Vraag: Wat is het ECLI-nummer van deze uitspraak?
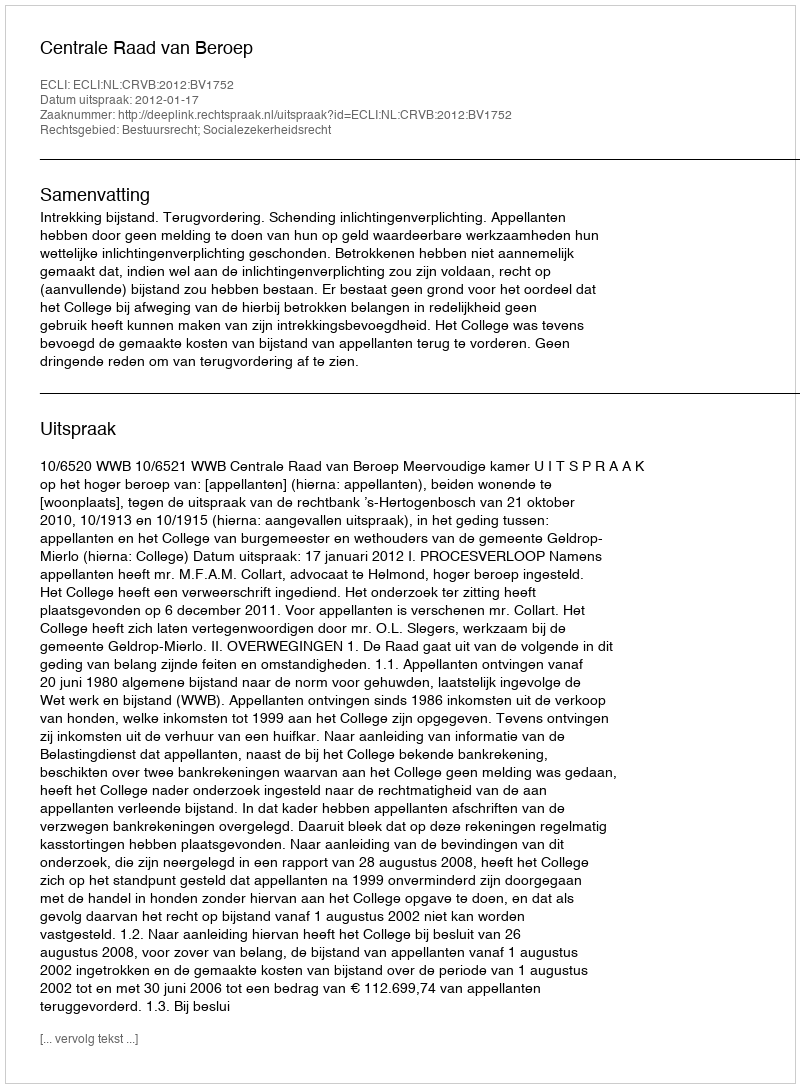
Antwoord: ECLI:NL:CRVB:2012:BV1752